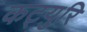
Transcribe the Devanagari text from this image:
कट्युरि